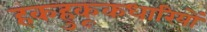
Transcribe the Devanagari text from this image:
हकहुकूकधारियों